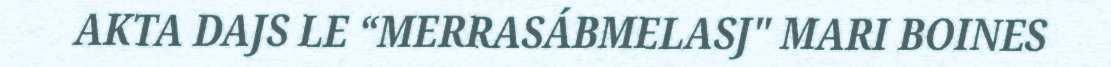
AKTA DAJS LE “MERRASÁBMELASJ" MARI BOINES